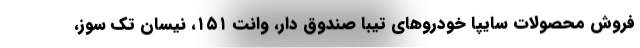
فروش محصولات سایپا خودروهای تیبا صندوق دار، وانت ۱۵۱، نیسان تک سوز،